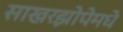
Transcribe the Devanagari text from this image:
साखरझोपेमधे